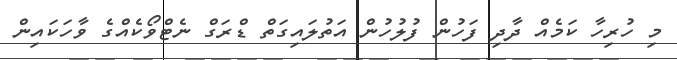
މި ހުރިހާ ކަމެއް ދާދި ފަހުން ފުލުހުން އަތުލައިގަތް ޑްރަގް ނެޓްވޯކެއްގެ ވާހަކައިން